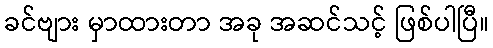
ခင်ဗျား မှာထားတာ အခု အဆင်သင့် ဖြစ်ပါပြီ။